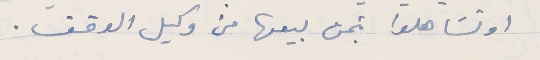
او تسَاهلوا بثمن بيعها من وكيل الوقف.